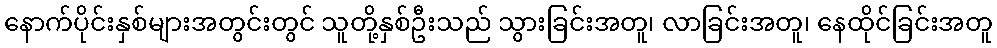
နောက်ပိုင်းနှစ်များအတွင်းတွင် သူတို့နှစ်ဦးသည် သွားခြင်းအတူ၊ လာခြင်းအတူ၊ နေထိုင်ခြင်းအတူ